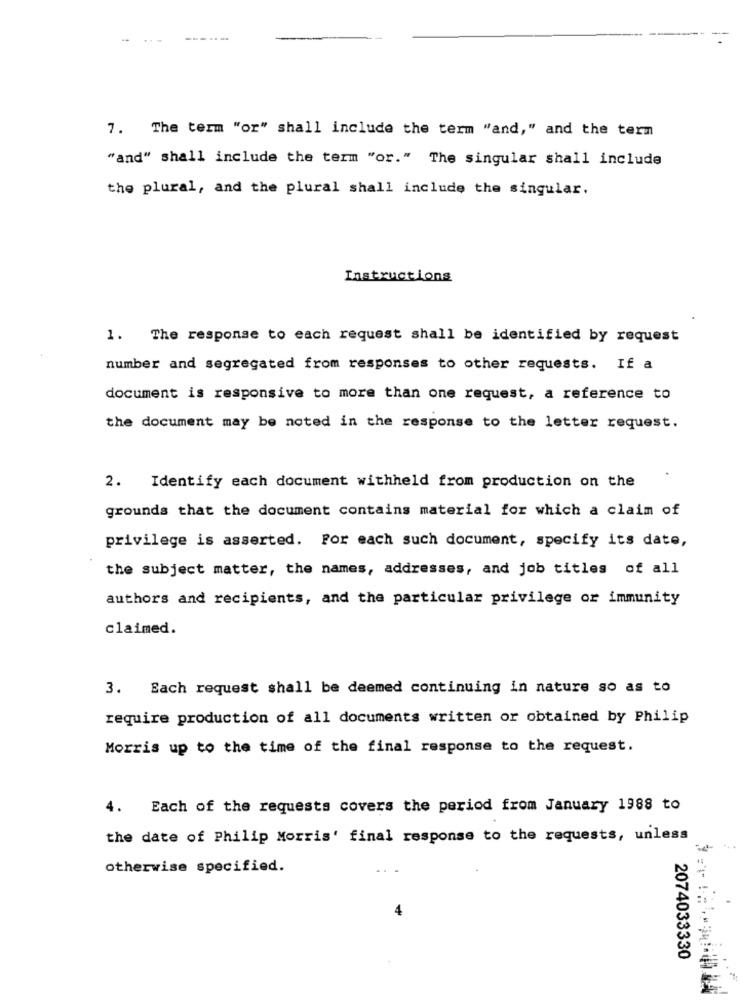
7. The term "or" shall include the term "and," and the term
"and" shall include the term "or." The singular shall include
the plural, and the plural shall include the singular.
Instructions
1. The response to each request shall be identified by request
number and segregated from responses to other requests. If a
document is responsive to more than one request, a reference to
the document may be noted in the response to the letter request.
2. Identify each document withheld from production on the
grounds that the document contains material for which a claim of
privilege is asserted. For each such document, specify its date,
the subject matter, the names, addresses, and job titles of all
authors and recipients, and the particular privilege or immunity
claimed.
3. Each request shall be deemed continuing in nature so as to
require production of all documents written or obtained by Philip
Morris up to the time of the final response to the request.
Each of the requests covers the period from January 1988 to
the date of Philip Morris' final response to the requests, unless
otherwise specified.
4
2074033330